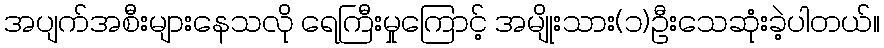
အပျက်အစီးများနေသလို ရေကြီးမှုကြောင့် အမျိုးသား(၁)ဦးသေဆုံးခဲ့ပါတယ်။